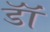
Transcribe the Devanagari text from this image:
डाॅॅ